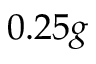
0 . 2 5 g